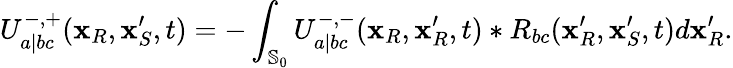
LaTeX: U_{a|bc}^{-,+}(\mathbf{x}_{R},\mathbf{x}_{S}^{\prime},t)=-\int_{\mathbb{S}_{0}}U_{a|bc}^{-,-}(\mathbf{x}_{R},\mathbf{x}_{R}^{\prime},t)*R_{bc}(\mathbf{x}_{R}^{\prime},\mathbf{x}_{S}^{\prime},t)d\mathbf{x}_{R}^{\prime}.